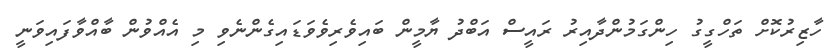
ހާޒިރުކޮށް ތަހްގީގު ހިންގަމުންދާއިރު ރައީސް އަބްދު ޔާމީން ބައިވެރިވެވަޑައިގެންނެވި މި އެއްވުން ބާއްވާފައިވަނީ